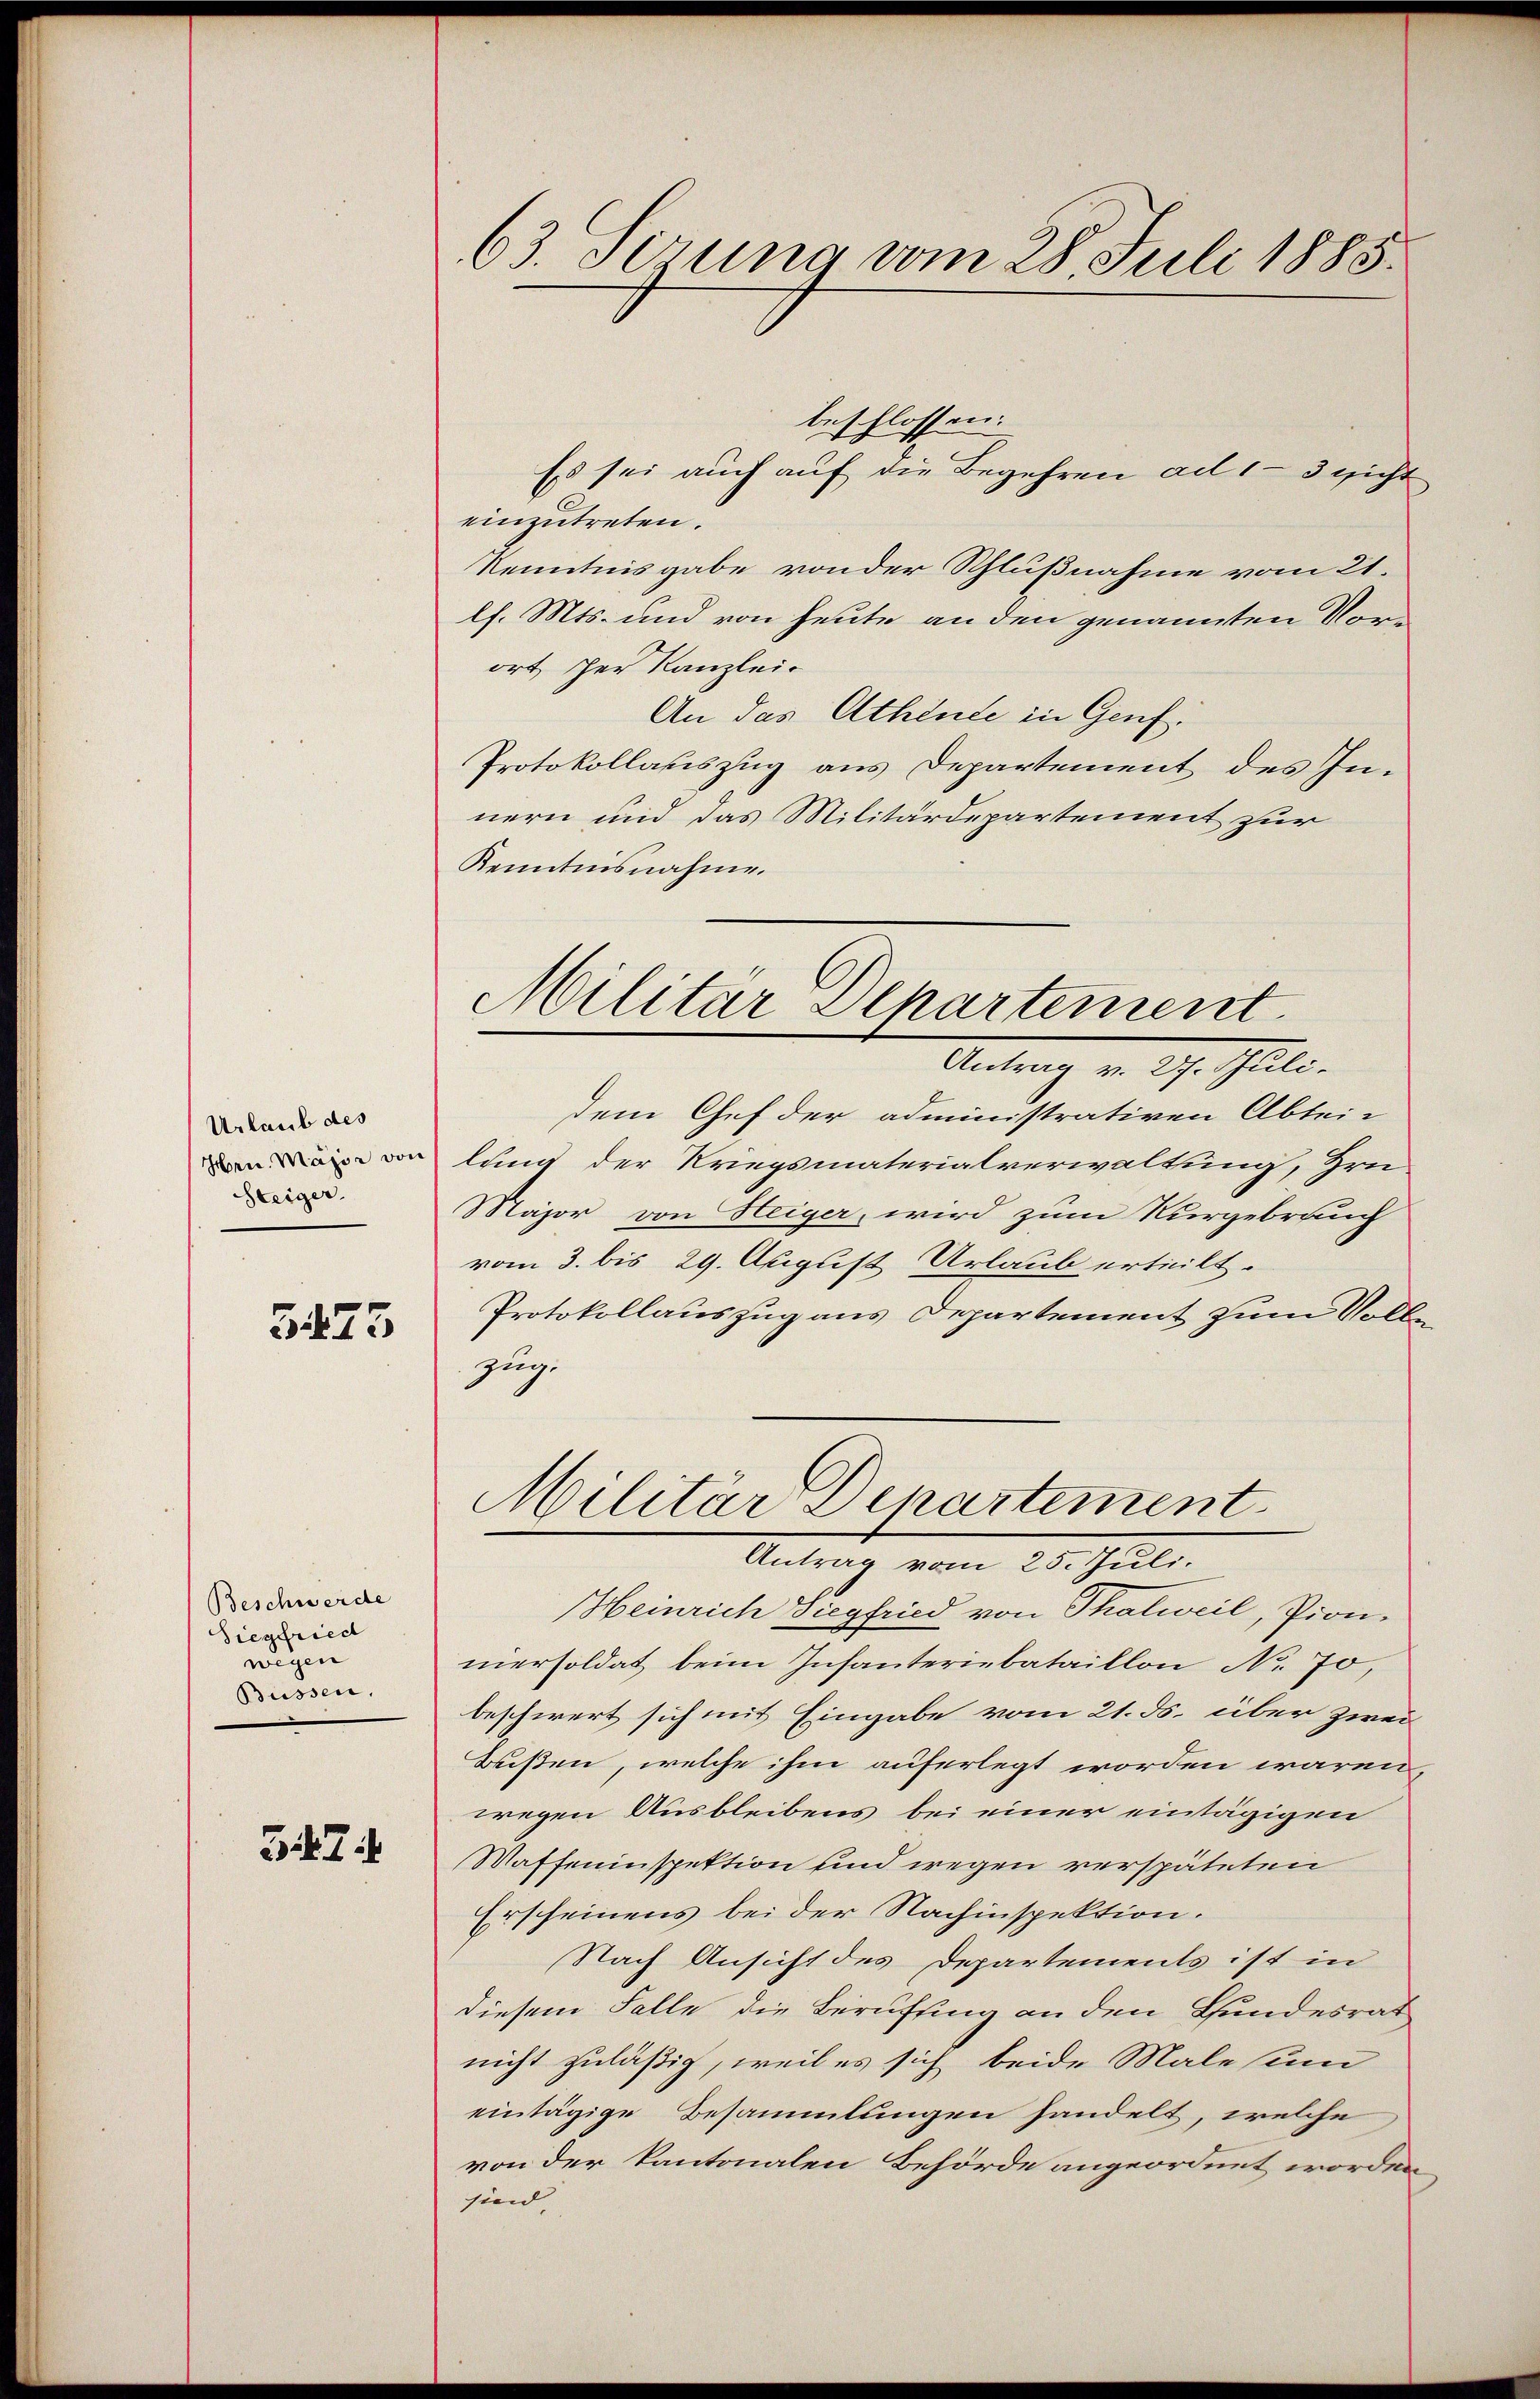
Urlaub des
Steiger.

5475

Beschwerde
Siegfried
wegen
Büssen.

3474

beschlossen:
Es sei auch auf die Begehren ad 13 nicht
einzutreten.
Kenntnisgabe von der Schlußnahme vom 21.
lf. Mts. und von heute an den genannten Vorort, der Kanzlei-
An das Athende in Genf.
Protokollasiszug aus Departement des Innern und das Militärdepartement zur
Kenntnisnahme.
dem Chef der administrativen Abtei-
ven eine von lung der Kriegsmaterialverwaltung, Grü-
Major von Heiger, wird zum Nurgebrauch
vom 3. bis 29. August Urlaub erteilt.
Protokollauszug aus Departement zum Volle
Zug.
Militär Departement
Antrag vom 20. Juli.
Heinrich Siegfried von Thalweil, Pion-
iersoldat beim Infanteriebataillon No. 70,
beschwert sich mit Eingabe vom 21. ds. über zwei
Bußen, welche ihm auferlegt worden wären,
wegen Ausbleibens bei einer eintägigen
Waffeninspektion und wegen verspäteten
Erscheinens bei der Nachinspektion.
Nach Ansicht des Departements ist in
diesem Falle die Berufung an den Bundesrat
nicht zuläßig, weil es sich beide Male sum
eintägige Besammlungen handelt, welche
von der kantonalen Behörde angeordnet worden
sien

63. Serung vom 28. Juli 1885.

Militär Departement
Antrag von dh. Juli.